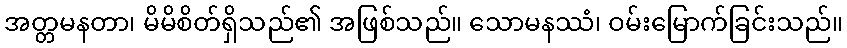
အတ္တမနတာ၊ မိမိစိတ်ရှိသည်၏ အဖြစ်သည်။ သောမနဿံ၊ ဝမ်းမြောက်ခြင်းသည်။